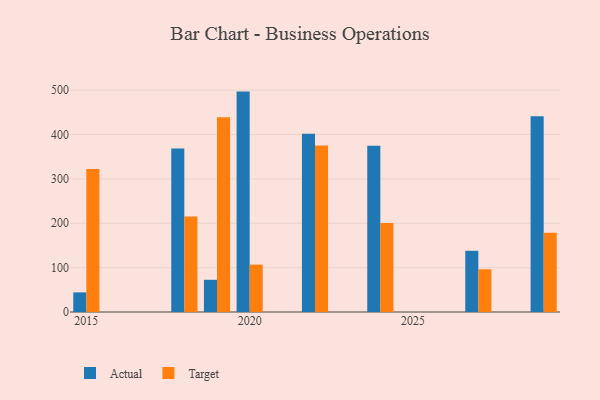
{"axis": {"x": "Year", "y": "Operating Costs (USD K)"}, "legend": ["Actual", "Target"], "data": [{"x": "2024", "y": 374.5, "type": "Actual"}, {"x": "2024", "y": 200.4, "type": "Target"}, {"x": "2022", "y": 401.6, "type": "Actual"}, {"x": "2022", "y": 375.1, "type": "Target"}, {"x": "2015", "y": 44.2, "type": "Actual"}, {"x": "2015", "y": 322.6, "type": "Target"}, {"x": "2019", "y": 72.6, "type": "Actual"}, {"x": "2019", "y": 439.1, "type": "Target"}, {"x": "2029", "y": 441.5, "type": "Actual"}, {"x": "2029", "y": 178.7, "type": "Target"}, {"x": "2020", "y": 496.8, "type": "Actual"}, {"x": "2020", "y": 106.8, "type": "Target"}, {"x": "2027", "y": 138.0, "type": "Actual"}, {"x": "2027", "y": 96.3, "type": "Target"}, {"x": "2018", "y": 368.7, "type": "Actual"}, {"x": "2018", "y": 215.2, "type": "Target"}]}